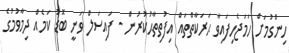
ހިންގުމަށް ހަމަޖެހިފައިވާ ޙަރަކާތްތައް އިފުތިތާޙުކުރުން - ފައިސަލް ވަނީ ބޮޑު ކަމެއް ދިމާވުމުގެ